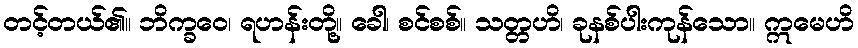
တင့်တယ်၏။ ဘိက္ခဝေ၊ ရဟန်းတို့။ ခေါ၊ စင်စစ်။ သတ္တဟိ၊ ခုနစ်ပါးကုန်သော။ ဣမေဟိ